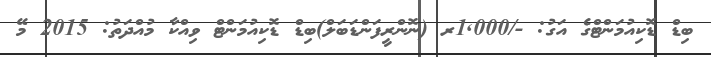
ބިޑް ޑޮކިއުމަންޓްގެ އަގު: -/1